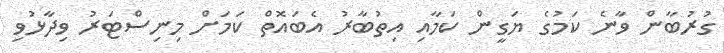
ގުރުބާން ވާނެ ކަމުގެ ޔަގީން ކަމާއި އިތުބާރު އެބައޮތް ކަމަށް މިނިސްޓަރު ވިދާޅުވި